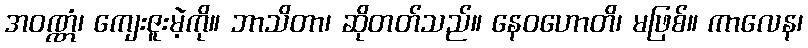
အဝဏ္ဏံ၊ ကျေးဇူးမဲ့ကို။ ဘာသိတာ၊ ဆိုတတ်သည်။ နေဝဟောတိ၊ မဖြစ်။ ကာလေန၊